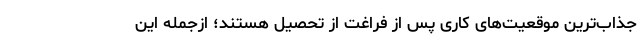
جذاب‌ترین موقعیت‌های کاری پس از فراغت از تحصیل هستند؛ از‌جمله این